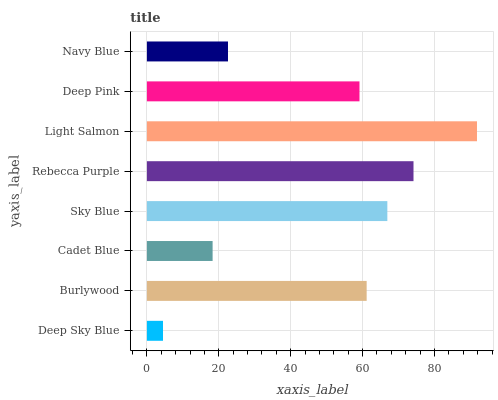
| yaxis_label | bars |
 | --- | --- |
 | Deep Sky Blue | 4.48 |
 | Burlywood | 61.1 |
 | Cadet Blue | 18.3 |
 | Sky Blue | 66.9 |
 | Rebecca Purple | 74.2 |
 | Light Salmon | 91.8 |
 | Deep Pink | 59.1 |
 | Navy Blue | 22.6 |